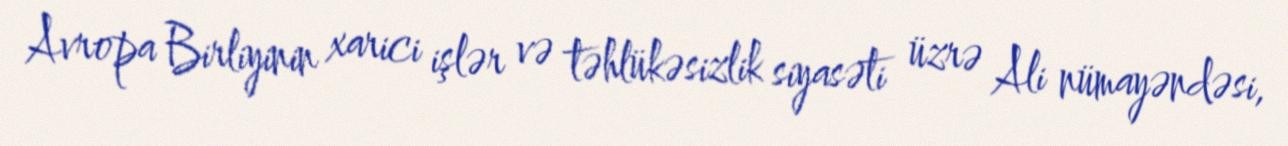
Avropa Birliyinin xarici işlər və təhlükəsizlik siyasəti üzrə Ali nümayəndəsi,